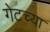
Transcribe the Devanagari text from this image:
गेटच्या